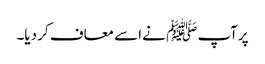
پرآپ ﷺ نے اسے معاف کر دیا۔